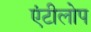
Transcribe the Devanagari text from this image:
एंटीलोप